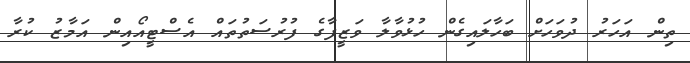
ތިން އަހަރު ދުވަހަށް ބަހާލައިގެން ހުޅުވާލާ ވަޒީފާގެ ފުރުސަތުތައް އެސްޓީއޯއިން އަމާޒު ކުރާ